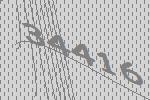
34416